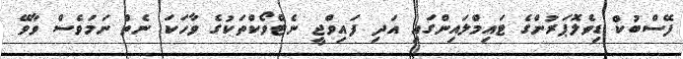
ފޭސްބުކް ޑިވެލޮޕަރުންގެ ޓައިމްލައިންގައި އަދި ފައިވްޖީ ނެޓްވޯކްތަކުގެ ވާހަކަ ނެތް ނަމަވެސް ވާވޭ